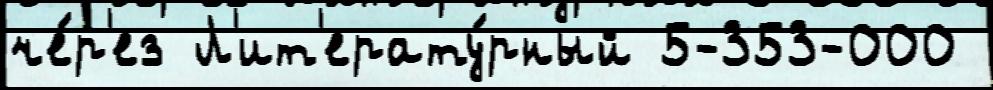
че́р'ез Л'ит'ерату́рный 5-353-000